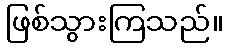
ဖြစ်သွားကြသည်။